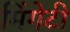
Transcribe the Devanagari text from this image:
मिंगेटी